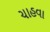
ચાહવા